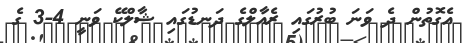
އެގޮތުން ދެ ވަނަ ބުރުގައި ރެއާލްގެ ދަނޑުގައި ޝާލްކޭ ވަނީ 4-3 ގެ